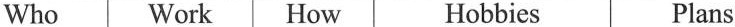
Who Work| How Hobbies Plans